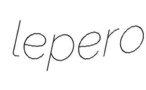
lepero